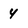
Character: 4